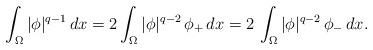
LaTeX: \begin{align*}\int_\Omega |\phi|^{q-1}\,dx=2\int_\Omega |\phi|^{q-2}\,\phi_+\,dx=2\,\int_\Omega |\phi|^{q-2}\,\phi_-\,dx.\end{align*}